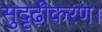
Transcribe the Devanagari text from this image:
सुदृढ़ीकरण।